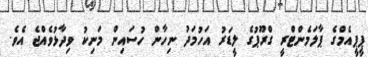
ޕީޕީއެމްގެ ޕާލަމެންޓްރީ ގްރޫޕުގެ ލީޑަރު އަހުމަދު ނިހާން ހުސައިން މަނިކު ވިދާޅުވެއްޖެ އެވެ.